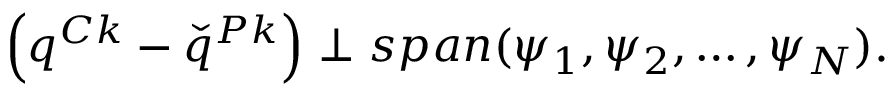
\left( q ^ { C k } - \check { q } ^ { P k } \right) \perp s p a n ( \psi _ { 1 } , \psi _ { 2 } , \ldots , \psi _ { N } ) .